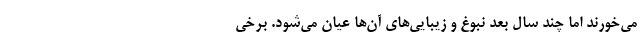
می‌خورند اما چند سال بعد نبوغ و زیبایی‌های آن‌ها عیان می‌شود. برخی